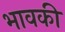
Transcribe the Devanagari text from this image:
भावकी